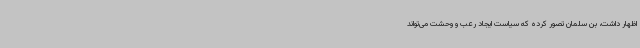
اظهار داشت، بن سلمان تصور کرده که سیاست ایجاد رعب و وحشت می‌تواند